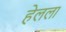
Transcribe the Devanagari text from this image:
हेलला